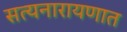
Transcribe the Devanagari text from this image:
सत्यनारायणात